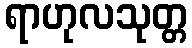
ရာဟုလသုတ္တ